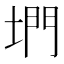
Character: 𡍜